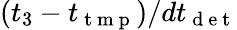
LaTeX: (t_{3}-t_{\mathrm{~t~m~p~}})/dt_{\mathrm{~d~e~t~}}